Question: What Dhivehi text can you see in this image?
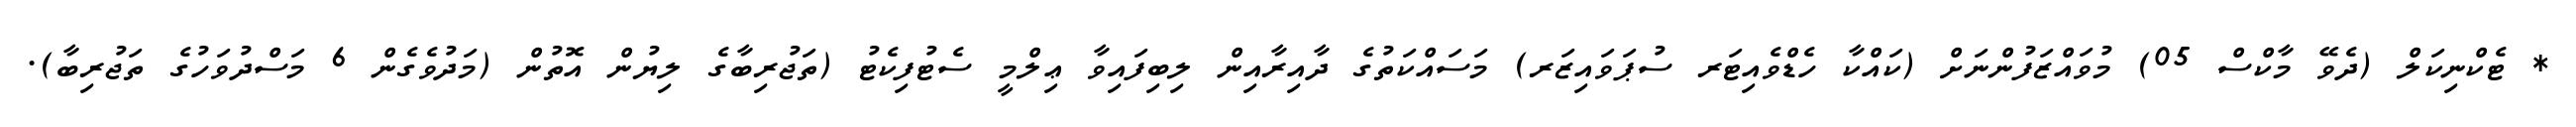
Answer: * ޓެކްނިކަލް (ދެވޭ މާކްސް 05) މުވައްޒަފުންނަށް (ކައްކާ ހެޑްވެއިޓަރ ސުޕަވައިޒަރ) މަސައްކަތުގެ ދާއިރާއިން ލިބިފައިވާ ޢިލްމީ ސެޓުފިކެޓު (ތަޖުރިބާގެ ލިޔުން އޮތުން (މަދުވެގެން 6 މަސްދުވަހުގެ ތަޖުރިބާ).